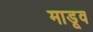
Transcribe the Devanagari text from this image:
माडूव